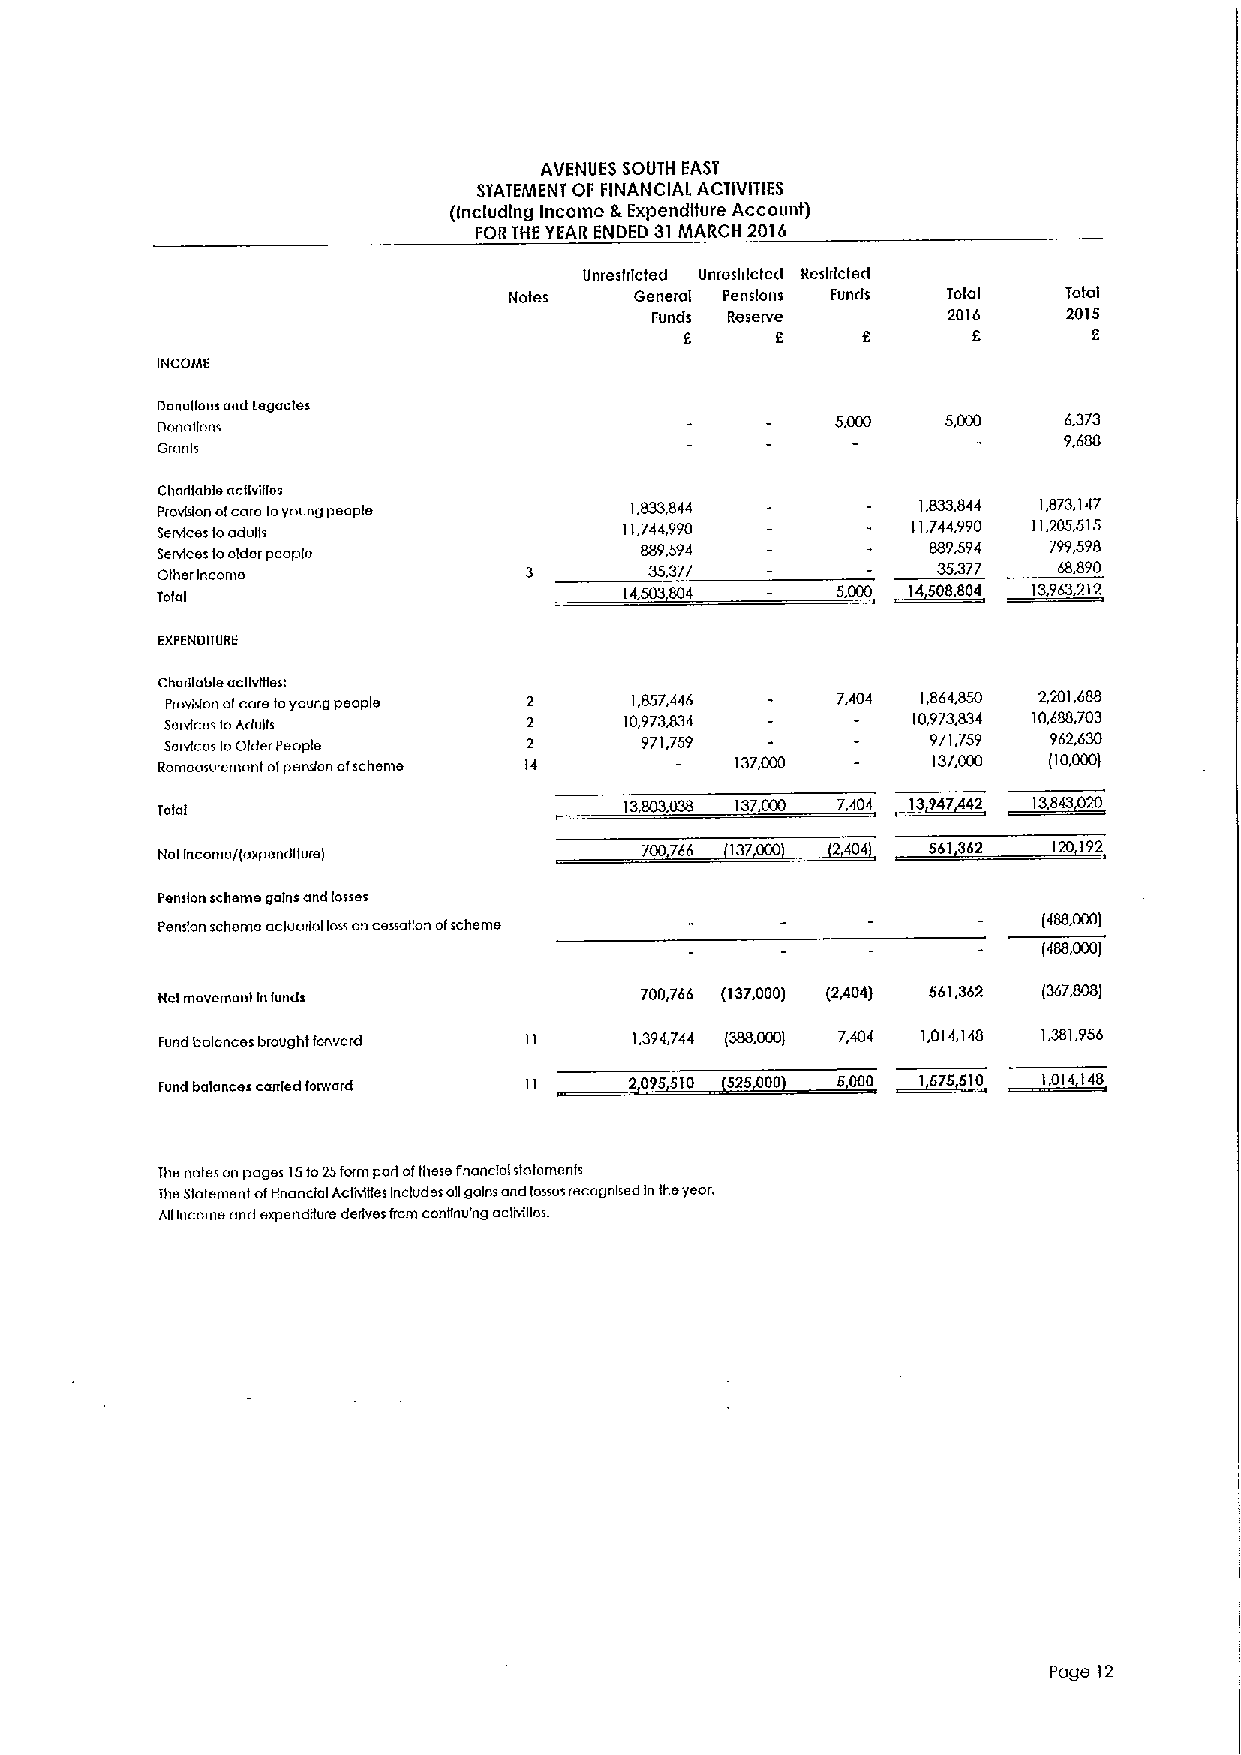
AVENUES SOUTH EAST
 STATEMENT OF FINANCIAL ACTIVITIES
 (Including Income LExpendffure Account)
 FORTHE YEAR ENDED 31MARCH 2016
 Unrestricted unrestricted Restricted
 Notes   General Pensions Funds Total Total
 Funds Reserve       2016    2015
 E     E     8      8       2
 INCOME
 Donations and legacies
 Donations                                    5,0CO   5,0CO  6.373
 9,688
 Grants
 Charitable activities
 Provtgon ofcare toyoung people  1,833.844          1,833,844 1,873.147
 Services foadugs               11,744,990         11,744,990 11,205,515
 Services foolder people         889.594             889,594 799,598
 Other Income             3       35,377             35.377  68,890
 Total                          14,503504     5,000 ~14508804 13,963212
 EXPENDITURE
 Charitable acuvNes;
 Provluon ofcare toyoung people 2 1,857,446  7,404 1,864,850 2,201.688
 Servtcos toAdults       2     10,973.834         10,973,834 f0,688,703
 Servtces toalder People 2      971,759             971,759 962,630
 Remeasurement ofpension ofscheme 14    137,000 —    13/,COO (10,000)
 Total                          13.803,038 137OCO 7404 ~13947 42 13,843020
 Net Income/(expenditure)         700766 137000 2404 561362  120192
 Pension scheme gains and losses
 Pension scheme actuarial lossoncessatlon ofscheme          (488.000)
 (488,0CO)
 Net movement Infunds            700,766 (137,000) (2,404) 561,362 (367,808)
 Fund balances brought fonvard  1.394,744 (388,000) 7,404 1,014,148 1.381.956
 Fund balances carried forward
 The notes on pages 15to25form part ofthese financial state ments
 lhe Statement ofDnanclal ActMttes Includes otgains and losses recognised Inlheyear.
 AUIncome and eqsendrlure derives from continuing act@ties.
 Page 12